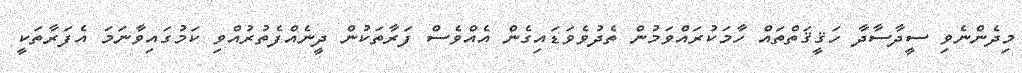
މިދެންނެވި ސީދާސާދާ ހަޤީޤަތްތައް ހާމަކުރައްވަމުން ތެދުވެވަޑައިގެން އެއްވެސް ފަރާތަކުން ދީނެއްފެތުރުއްވި ކަމުގައިވާނަމަ އެފަރާތަކީ